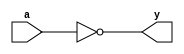
`timescale 1ns / 1ps

module inv(
    input a,
    output y
    );
    
    assign y = ~a;
endmodule